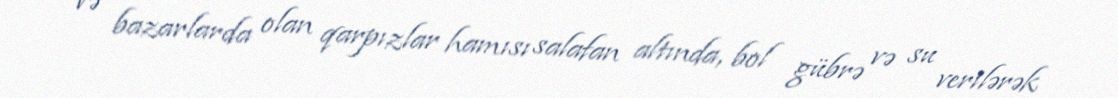
və bazarlarda olan qarpızlar hamısı salafan altında, bol gübrə və su verilərək